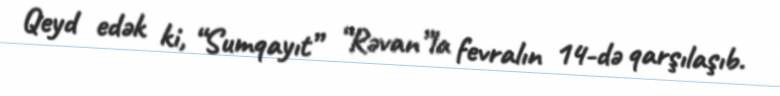
Qeyd edək ki, “Sumqayıt” “Rəvan”la fevralın 14-də qarşılaşıb.